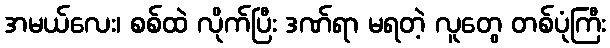
အမယ်လေး၊ စစ်ထဲ လိုက်ပြီး ဒဏ်ရာ မရတဲ့ လူတွေ တစ်ပုံကြီး